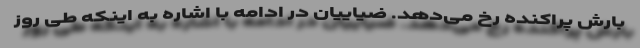
بارش پراکنده رخ می‌دهد. ضیاییان در ادامه با اشاره به اینکه طی روز